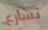
تسارع